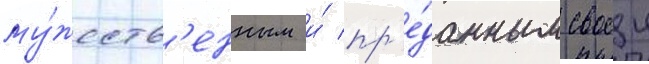
му́жеств'енным и́ пр'е́данным своеи